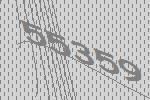
55359